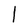
Character: l